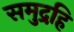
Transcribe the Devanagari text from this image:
समुद्रहि